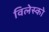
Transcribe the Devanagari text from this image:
विलेस्को